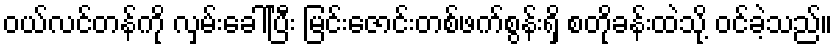
ဝယ်လင်တန်ကို လှမ်းခေါ်ပြီး မြင်းဇောင်းတစ်ဖက်စွန်းရှိ စတိုခန်းထဲသို့ ဝင်ခဲ့သည်။